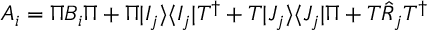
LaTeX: A _ { i } = \Pi B _ { i } \Pi + \Pi | I _ { j } \rangle \langle I _ { j } | T ^ { \dagger } + T | J _ { j } \rangle \langle J _ { j } | \Pi + T \hat { R } _ { j } T ^ { \dagger }